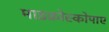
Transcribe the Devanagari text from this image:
माइक्रोस्कोपाए